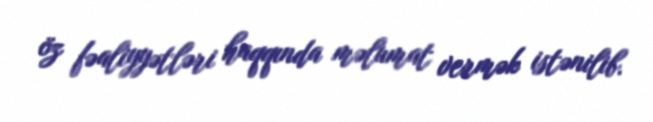
öz fəaliyyətləri haqqında məlumat vermək istənilib.